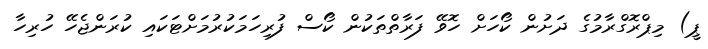
ޕީ) މިޕްރޮގްރާމުގެ ދަށުން ކޯހަށް ހޮވޭ ފަރާތްތަކުން ކޯސް ފުރިހަމަކުރުމަށްޓަކައި ކުރަންޖެހޭ ހުރިހާ